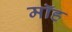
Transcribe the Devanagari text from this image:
मॉह